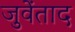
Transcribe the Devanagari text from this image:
जुवेंताद